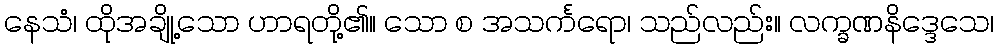
နေသံ၊ ထိုအချို့သော ဟာရတို့၏။ သော စ အသင်္ကရော၊ သည်လည်း။ လက္ခဏနိဒ္ဒေသေ၊